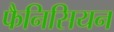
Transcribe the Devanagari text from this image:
फैनिसियन